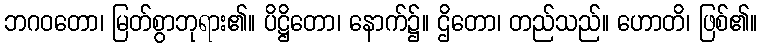
ဘဂဝတော၊ မြတ်စွာဘုရား၏။ ပိဋ္ဌိတော၊ နောက်၌။ ဌိတော၊ တည်သည်။ ဟောတိ၊ ဖြစ်၏။